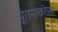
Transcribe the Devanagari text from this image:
पूतनाकोपक